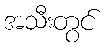
အသီးတွင်